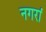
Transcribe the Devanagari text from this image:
नगरां